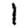
Digit: 1